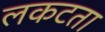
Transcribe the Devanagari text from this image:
लकटता